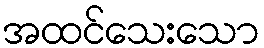
အထင်သေးသော